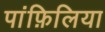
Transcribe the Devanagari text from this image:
पांफ़िलिया